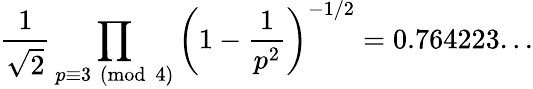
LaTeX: {\frac{1}{\sqrt{2}}}\prod_{p\equiv 3{\pmod{4}}}\left(1-{\frac{1}{p^{2}}}\right)^{-1/2}=0.764223...